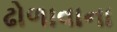
ઢોળાવાના